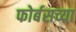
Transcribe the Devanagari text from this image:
फोर्बसच्या